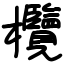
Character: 欖